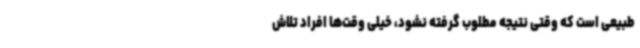
طبیعی است که وقتی نتیجه مطلوب گرفته نشود، خیلی وقت‌ها افراد تلاش